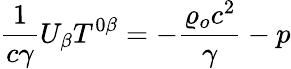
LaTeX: \frac{1}{c\gamma}U_{\beta}T^{0\beta}=-\frac{\varrho_{o}c^{2}}{\gamma}-p